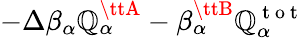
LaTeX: -\Delta\beta_{\alpha}\mathbb{Q}_{\alpha}^{\ttA}-\beta_{\alpha}^{\ttB}\mathbb{Q}_{\alpha}^{\mathrm{{~t~o~t~}}}